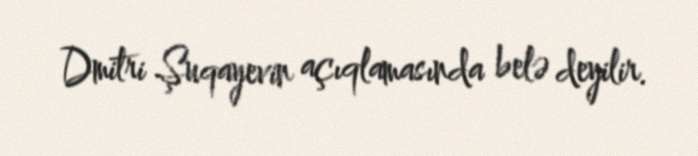
Dmitri Şuqayevin açıqlamasında belə deyilir.